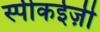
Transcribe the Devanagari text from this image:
स्पीकईज़ी